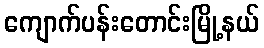
ကျောက်ပန်းတောင်းမြို့နယ်